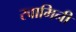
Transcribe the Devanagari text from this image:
स्‍वामिनी